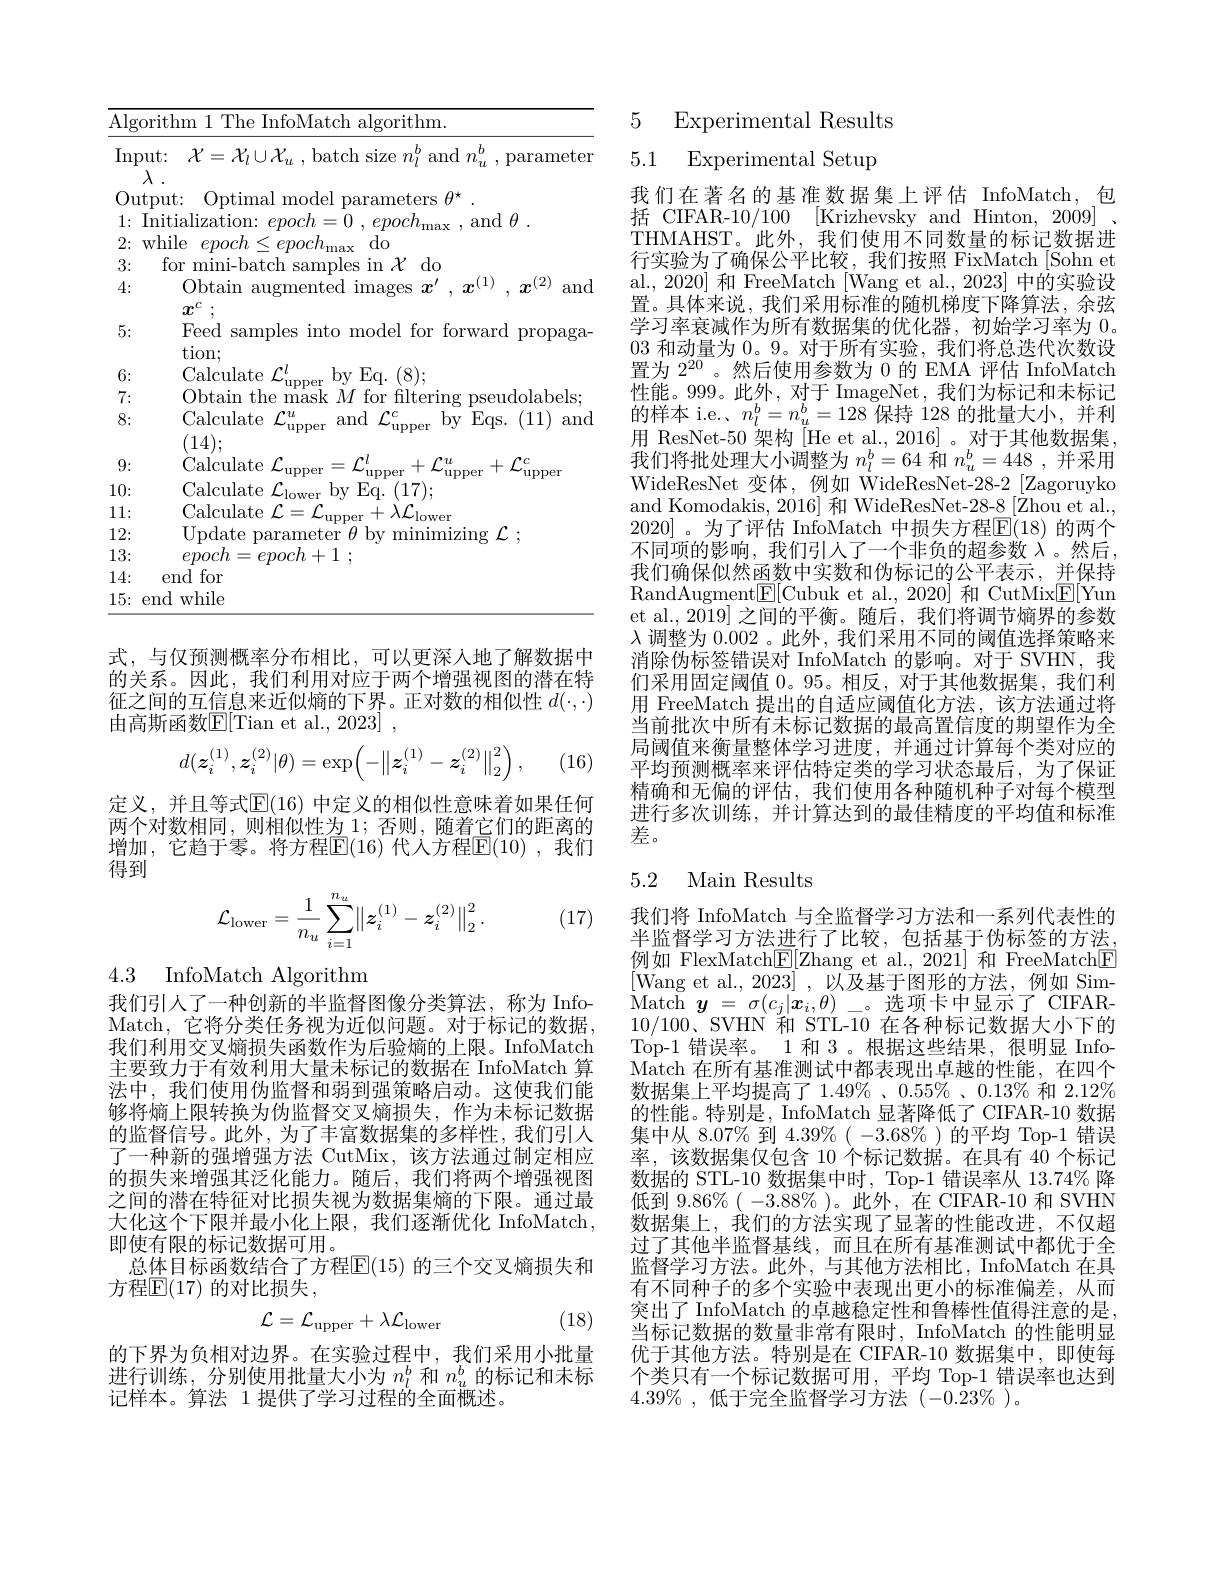
<table>
	<tbody>
		<tr>
			<td>$\overline{{\mathrm{Alg}}}$</td>
			<td>orithm The InfoMatch algorithm.</td>
		</tr>
		<tr>
			<td>$\operatorname{Inp}$</td>
			<td>: $\mathcal{X} = \mathcal{X} _{l}\cup \mathcal{X} _{u}$ , batch size $n_l^{b}$ and $n_u^{b}$ , parameter $)ut:$ </td>
		</tr>
		<tr>
			<td>2:</td>
			<td>while $e{\mathcal{DOC}}$ </td>
		</tr>
		<tr>
			<td>3:</td>
			<td>tor munl-bat samnles $\chi$ $do$</td>
		</tr>
		<tr>
			<td>4:</td>
			<td>Obtain augmented images $x^\prime,x^{(1)}$ $x^{(2)}$ and $\boldsymbol{\eta }^{C}$ ,</td>
		</tr>
		<tr>
			<td>5:</td>
			<td>Feed samples into model tor torward propaga- tion;</td>
		</tr>
		<tr>
			<td>7:</td>
			<td>Ihtair seudolabels mas</td>
		</tr>
		<tr>
			<td>8:</td>
			<td>Calculate $\mathcal{L}_\mathrm{uu}^{u}$ and $\mathcal{L}_\mathrm{upper}^c$ by Eqs. (11) and $^{\prime }$upper $(14)\colon$</td>
		</tr>
		<tr>
			<td>9:</td>
			<td>Calculate $rl$ $•u$</td>
		</tr>
		<tr>
			<td>10:</td>
			<td>Calculate bv Eq. ( 17) ; </td>
		</tr>
		<tr>
			<td>11: </td>
			<td>Calculate 01 二 $r$ $+\lambda L.$ ower</td>
		</tr>
		<tr>
			<td>12:</td>
			<td>Undate </td>
		</tr>
		<tr>
			<td>13:</td>
			<td>$emorh=$ $noch+1:$</td>
		</tr>
		<tr>
			<td>14:</td>
			<td>end for</td>
		</tr>
		<tr>
			<td>15:</td>
			<td>end while</td>
		</tr>
	</tbody>
</table>

式，与仅预测概率分布相比，可以更深人地了解数据中的关系。因此，我们利用对应于两个增强视图的潜在特征之间的互信息来近似熵的下界。正对数的相似性$d(\cdot,\cdot)$ 由高斯函数E[Tian et al., 2023] ,
$$d(\boldsymbol{z}_i^{(1)},\boldsymbol{z}_i^{(2)}|\theta)=\exp\left(-\left\|\boldsymbol{z}_i^{(1)}-\boldsymbol{z}_i^{(2)}\right\|_2^2\right),$$
(16)

定义，并且等式$\mathbb{E}(16)$ 中定义的相似性意味着如果任何两个对数相同，则相似性为 1; 否则，随着它们的距离的增加，它趋于零。将方程$\mathbb{E}(16)$ 代人方程$\mathbb{E}(10)$ ,我们得到

(17)
$$\mathcal{L}_{\mathrm{lower}}=\frac{1}{n_u}\sum_{i=1}^{n_u}\left\|\boldsymbol{z}_i^{(1)}-\boldsymbol{z}_i^{(2)}\right\|_2^2.$$
4.3 InfoMatch Algorithm

我们引人了一种创新的半监督图像分类算法，称为 InfoMatch, 它将分类任务视为近似问题。对于标记的数据我们利用交叉熵损失函数作为后验熵的上限。InfoMatch 主要致力于有效利用大量未标记的数据在 InfoMatch 算法中，我们使用伪监督和弱到强策略启动。这使我们能够将熵上限转换为伪监督交叉熵损失，作为未标记数据的监督信号。此外，为了丰富数据集的多样性，我们引入了一种新的强增强方法 CutMix,该方法通过制定相应的损失来增强其泛化能力。随后，我们将两个增强视图之间的潜在特征对比损失视为数据集熵的下限。通过最大化这个下限并最小化上限，我们逐渐优化 InfoMatch, 即使有限的标记数据可用。
总体目标函数结合了方程$\mathbb{E}(15)$ 的三个交叉熵损失和
方程$\mathbb{E}(17)$ 的对比损失，
$$\mathcal{L}=\mathcal{L}_{\mathrm{upper}}+\lambda\mathcal{L}_{\mathrm{lower}}$$
(18)

的下界为负相对边界。在实验过程中，我们采用小批量进行训练，分别使用批量大小为$n_l^b$和$n_u^b$的标记和未标记样本。算法 1 提供了学习过程的全面概述。

5 Experimental Results

5.1 Experimental Setup

我们在著名的基准数据集上评估 InfoMatch,包括 CIFAR-10/100 [Krizhevsky and Hinton, 2009] . THMAHST。此外，我们使用不同数量的标记数据进行实验为了确保公平比较，我们按照 FixMatch[Sohn et al., 2020] 和 FreeMatch [Wang et al., 2023] 中的实验设置。具体来说，我们采用标准的随机梯度下降算法，余弦学习率衰减作为所有数据集的优化器，初始学习率为0。03 和动量为0。9。对于所有实验，我们将总迭代次数设置为$2^{20}$。然后使用参数为 0 的 EMA 评估 InfoMatch 性能。999。此外，对于 ImageNet,我们为标记和未标记的样本 i.e. $n_l^b=n_u^b=128$保持 128 的批量大小，并利用 ResNet-50 架构 [He et al., 2016] 。对于其他数据集我们将批处理大小调整为$n_l^b=64$和$n_u^b=448$,并采用WideResNet 变体，例如 WideResNet-28-2 [Zagoruykon] and Komodakis, 2016] 和 WideResNet-28-8 [Zhou et al., 2020]。为了评估 InfoMatch 中损失方程$\mathbb{E}(18)$ 的两个不同项的影响，我们引人了一个非负的超参数$\lambda$。然后， 我们确保似然函数中实数和伪标记的公平表示，并保持RandAugment$\boxed{\mathrm{E}}[$Cubuk et al.,2020] 和 CutMix$\boxed{\mathrm{E}}[$Yun et al., 2019] 之间的平衡。随后，我们将调节熵界的参数$\lambda$调整为 0.002 。此外，我们采用不同的阈值选择策略来消除伪标签错误对 InfoMatch 的影响。对于 SVHN,我们采用固定阈值0。95。相反，对于其他数据集，我们利用 FreeMatch 提出的自适应阈值化方法，该方法通过将当前批次中所有未标记数据的最高置信度的期望作为全局阈值来衡量整体学习进度，并通过计算每个类对应的平均预测概率来评估特定类的学习状态最后，为了保证精确和无偏的评估，我们使用各种随机种子对每个模型进行多次训练，并计算达到的最佳精度的平均值和标准$\bar{\text{差。}}$

### 5.2 Main Results

我们将 InfoMatch 与全监督学习方法和一系列代表性的半监督学习方法进行了比较，包括基于伪标签的方法。例如 FlexMatch[E[Zhang et al.,2021] 和 FreeMatch[E] [Wang et al., 2023], 以及基于图形的方法，例如 Sim- $\begin{array}{l}{\mathrm{Match}}&{\boldsymbol{y}=\sigma(c_{j}|\boldsymbol{x}_{i},\theta)}&{\text{。选项卡中显示了 CIFAR-}}\\{10/100}&{\mathrm{Gurmer~fu~Gur~10~}}&{\text{。选项卡中显示了 CIFAR-}}\end{array}$ 10/100. SVHN 和 STT-10 在各种标记数据大小下的Top-1 错误率。1 和 3 。根据这些结果，很明显 InfoMatch 在所有基准测试中都表现出卓越的性能，在四个数据集上平均提高了 1.49% 、$0.55\%$ 、$0.13\%$和 2.12% 的性能。特别是，InfoMatch 显著降低了 CIFAR-10 数据集中从 8.07% 到 4.39%( -3.68%)的平均 Top-1 错误率，该数据集仅包含 10 个标记数据。在具有 40 个标记数据的 STL-10 数据集中时，Top-1 错误率从 13.74% 降低到 9.86%( -3.88% )。此外，在 CIFAR-10 和 SVHN 数据集上，我们的方法实现了显著的性能改进，不仅超过了其他半监督基线，而且在所有基准测试中都优于全监督学习方法。此外，与其他方法相比，InfoMatch 在具有不同种子的多个实验中表现出更小的标准偏差，从而突出了 InfoMatch 的卓越稳定性和鲁棒性值得注意的是当标记数据的数量非常有限时，InfoMatch 的性能明显优于其他方法。特别是在 CIFAR-10 数据集中，即使每个类只有一个标记数据可用，平均 Top-1 错误率也达到$4. 39\%$ , 低于完全监督学习方法 $( - 0. 23\%$ )。